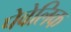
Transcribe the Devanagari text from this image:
पेवेलिक